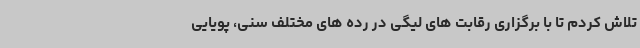
تلاش کردم تا با برگزاری رقابت های لیگی در رده های مختلف سنی، پویایی